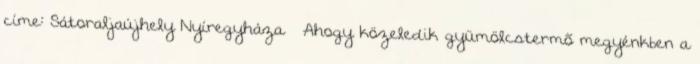
címe: Sátoraljaújhely Nyíregyháza – Ahogy közeledik gyümölcstermõ megyénkben a